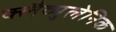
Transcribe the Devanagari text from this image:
क्लैव्युलेनिक